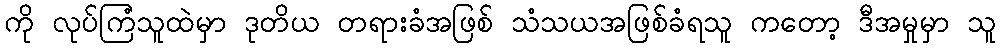
ကို လုပ်ကြံသူထဲမှာ ဒုတိယ တရားခံအဖြစ် သံသယအဖြစ်ခံရသူ ကတော့ ဒီအမှုမှာ သူ